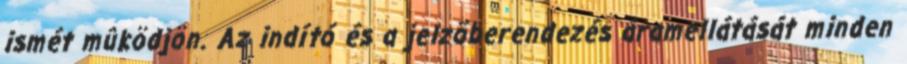
ismét mûködjön. Az indító és a jelzõberendezés áramellátását minden